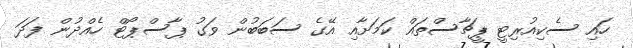
ހައި ސެކިއުރިޓީ ޕީޗާސްތައް ކަމަށާއި އޭގެ ސަބަބުން ވަގު ޕާސްޕޯޓް ހެއްދުން ފަދަ